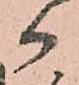
か